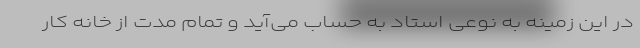
در این زمینه به نوعی استاد به حساب می‌آید و تمام مدت از خانه کار